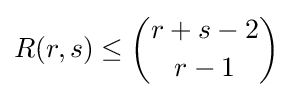
R(r,s)\leq {\binom {r+s-2}{r-1}}